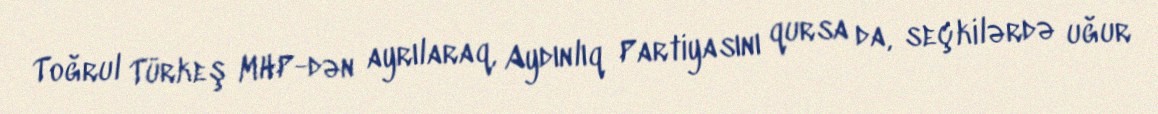
Toğrul Türkeş MHP-dən ayrılaraq, Aydınlıq Partiyasını qursa da, seçkilərdə uğur